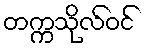
တက္ကသိုလ်ဝင်